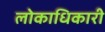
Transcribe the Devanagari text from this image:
लोकाधिकारी